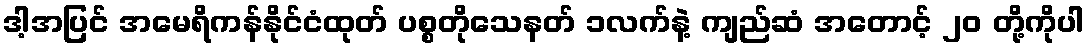
ဒါ့အပြင် အမေရိကန်နိုင်ငံထုတ် ပစ္စတိုသေနတ် ၁လက်နဲ့ ကျည်ဆံ အတောင့် ၂၀ တို့ကိုပါ